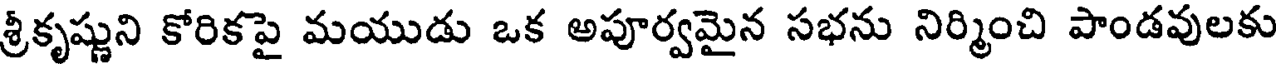
శ్రీకృష్ణుని కోరికపై మయుడు ఒక అపూర్వమైన సభను నిర్మించి పాండవులకు